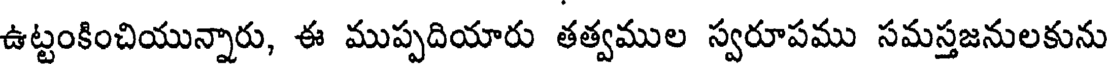
ఉట్టంకించియున్నారు, ఈ ముప్పదియారు తత్వముల స్వరూపము సమస్తజనులకును